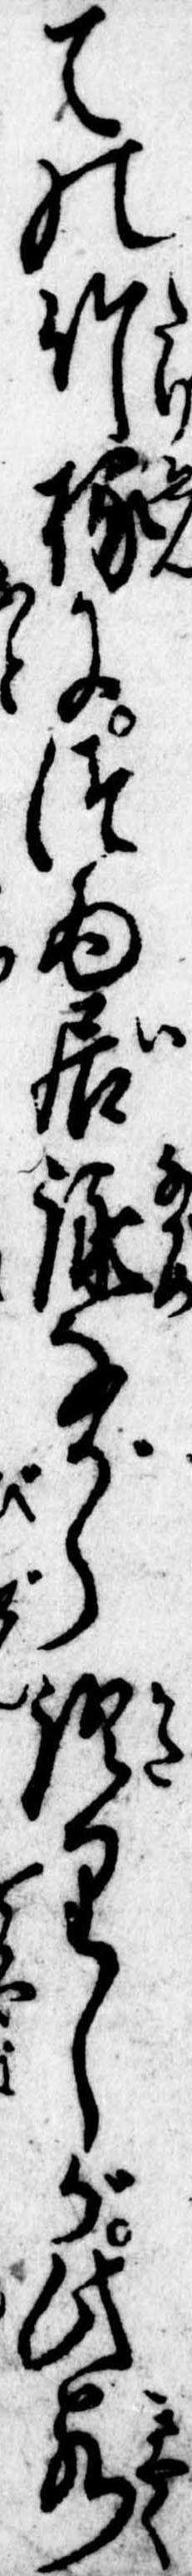
ての竹椽につゐ居詠ながら語りしが此客